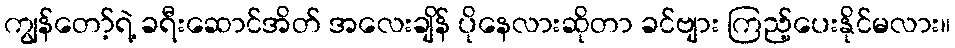
ကျွန်တော့်ရဲ့ ခရီးဆောင်အိတ် အလေးချိန် ပိုနေလားဆိုတာ ခင်ဗျား ကြည့်ပေးနိုင်မလား။